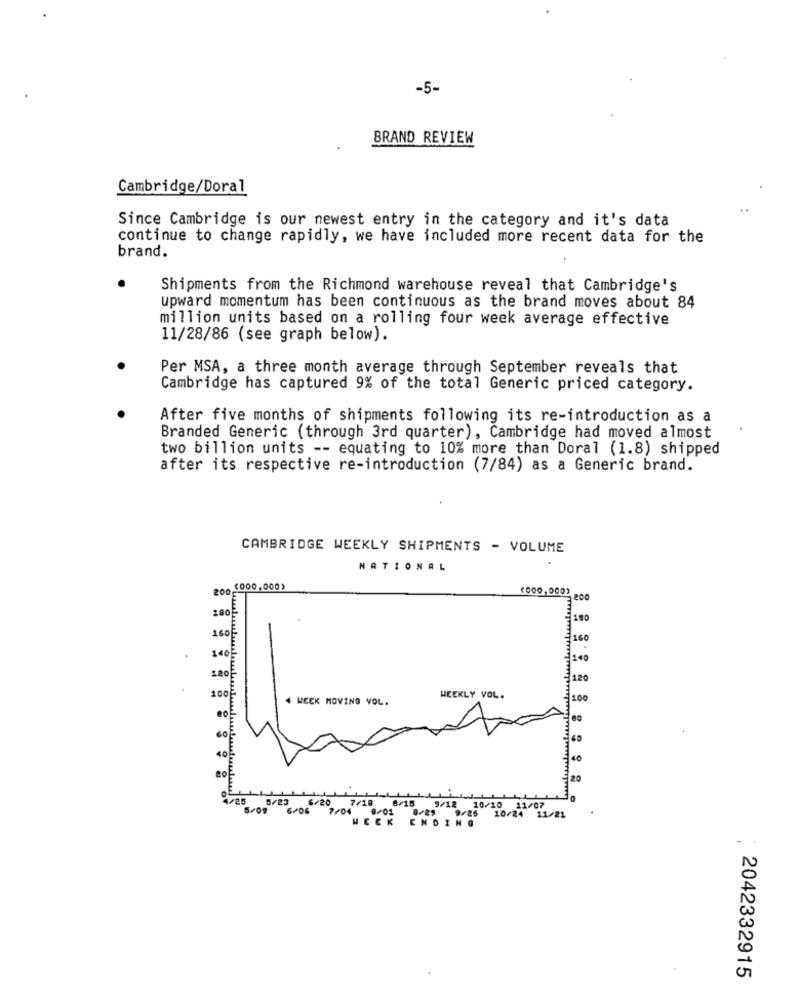
-5-
BRAND REVIEW
Cambridge/Doral
..
Since Cambridge is our newest entry in the category and it's data
continue to change rapidly, we have included more recent data for the
brand.
Shipments from the Richmond warehouse reveal that Cambridge's
upward momentum has been continuous as the brand moves about 84
million units based on a rolling four week average effective
11/28/86 (see graph below).
Per MSA, a three month average through September reveals that
Cambridge has captured 9% of the total Generic priced category.
After five months of shipments following its re-introduction as a
Branded Generic (through 3rd quarter), Cambridge had moved almost
two billion units -- equating to 10% more than Doral (1.8) shipped
after its respective re-introduction (7/84) as a Generic brand.
CAMBRIDGE WEEKLY SHIPMENTS - VOLUME
NATIONAL
200 $000,000)
200
180
180
160
160
140
140
120
101
4 WECK MOVING VOL.
WEEKLY VOL.
100
60
40
20
6/15
4/25 5/23 6/20 7/18
9/12 10/10 11/07
5/09 6/06 7/04 8/01 8/29 9/26 10/24 11/21
HECK
ENDING
-
2042332915